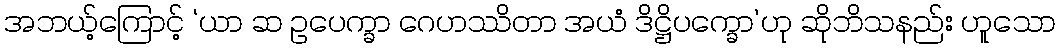
အဘယ့်ကြောင့် ‘ယာ ဆ ဥပေက္ခာ ဂေဟဿိတာ အယံ ဒိဋ္ဌိပက္ခော’ဟု ဆိုဘိသနည်း ဟူသော